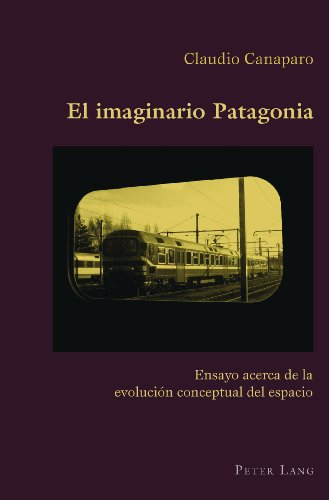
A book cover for El imaginario Patagonia: Ensayo acerca de la evoluciÃ³n conceptual del espacio (Hispanic Studies: Culture and Ideas) (Spanish Edition); Claudio Canaparo; Science & Math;